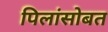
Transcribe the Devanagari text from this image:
पिलांसोबत